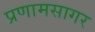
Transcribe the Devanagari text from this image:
प्रणामसागर